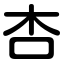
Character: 杏